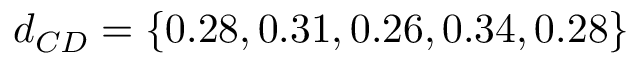
d _ { C D } = \{ 0 . 2 8 , 0 . 3 1 , 0 . 2 6 , 0 . 3 4 , 0 . 2 8 \}